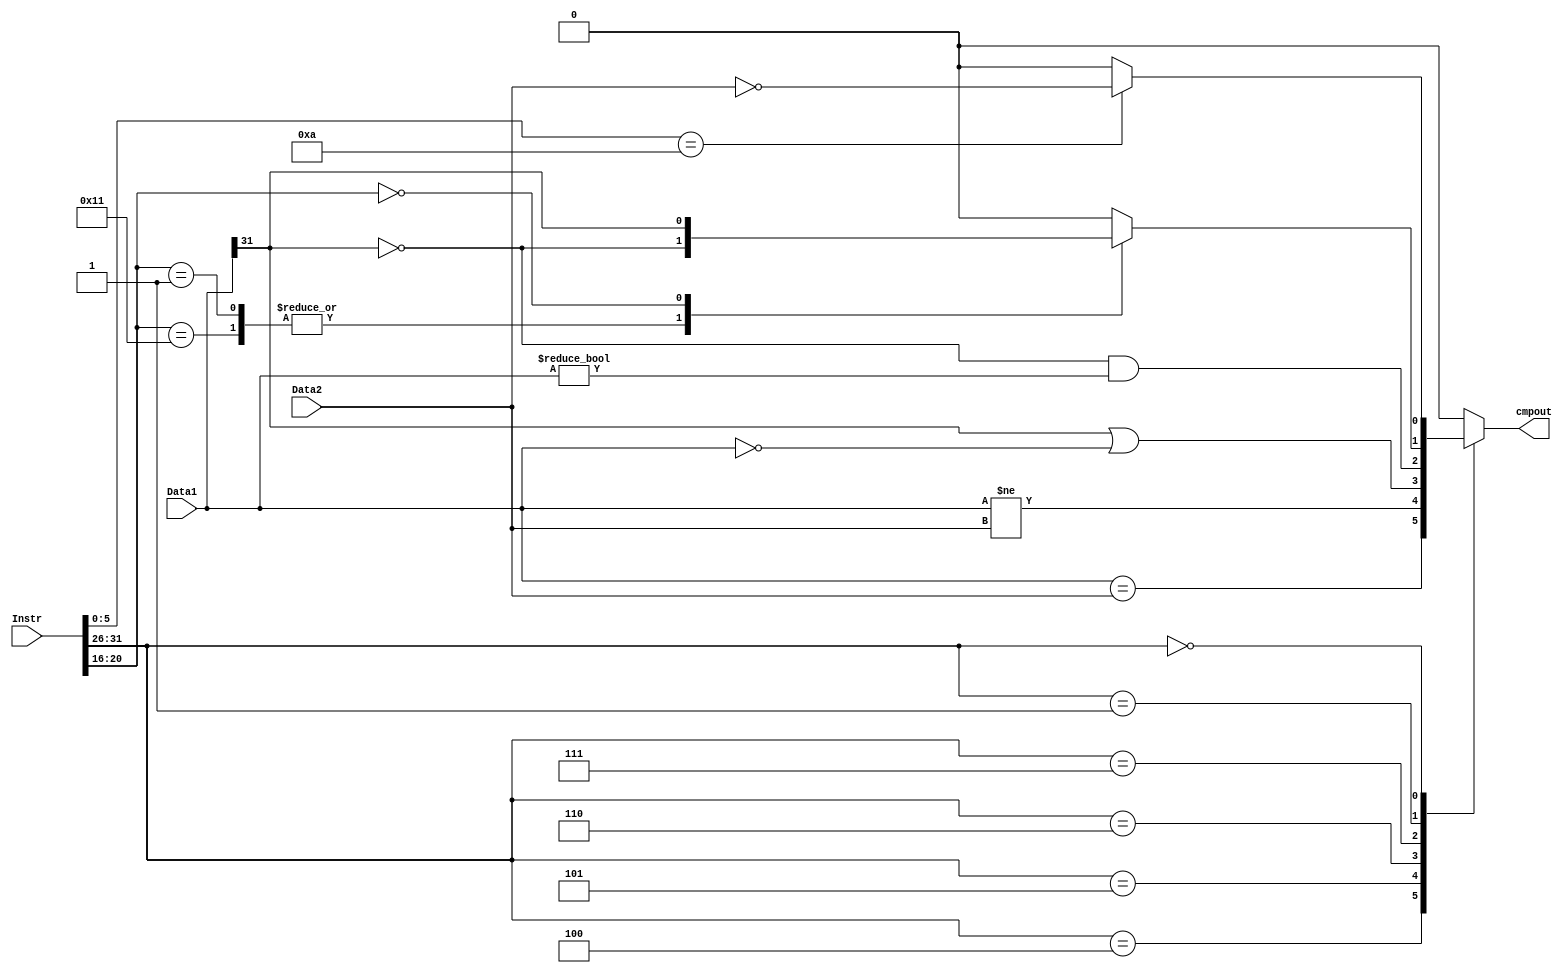
`timescale 1ns / 1ps
`define beq     6'b000100
`define bne     6'b000101
`define blez    6'b000110
`define bgtz    6'b000111

`define regimm  6'b000001
`define bgezal  5'b10001
`define bltz    5'b00000
`define bgez	 5'b00001

`define special 6'b000000
`define movz    6'b001010
//////////////////////////////////////////////////////////////////////////////////
// Company: 
// Engineer: 
// 
// Design Name: 
// Module Name:    cmp 
// Project Name: 
// Target Devices: 
// Tool versions: 
// Description: 
//
// Dependencies: 
//
// Revision: 
// Revision 0.01 - File Created
// Additional Comments: 
//
//////////////////////////////////////////////////////////////////////////////////
module cmp(
    input [31:0] Instr,
    input [31:0] Data1,
    input [31:0] Data2,
    output reg cmpout
    );
	 wire [5:0]op;
	 assign op = Instr[31:26];
	 always @(*) begin 
		case(op)
			`beq: cmpout <= Data1==Data2; 
			`bne: cmpout <= Data1!=Data2;
			`blez: cmpout <= (Data1[31]==1'b1 || Data1==32'b0);
			`bgtz: cmpout <= (Data1[31]==1'b0 &&  Data1!=32'b0);
			`regimm: begin
				case(Instr[20:16])
					`bgezal: cmpout <= Data1[31]==1'b0;
					`bgez: cmpout <= Data1[31]==1'b0;
					`bltz: cmpout <= Data1[31]==1'b1;
					default: cmpout <=0;
				endcase
			end
			`special:begin
				case(Instr[5:0])
					`movz: cmpout <= Data2==32'b0;
					default: cmpout <= 0;
				endcase
			end
			default: cmpout <= 0;
		endcase
	 end	
	 

endmodule